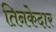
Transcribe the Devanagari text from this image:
तिनकेदार